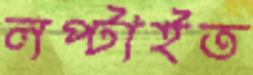
লপ্‌টাইত